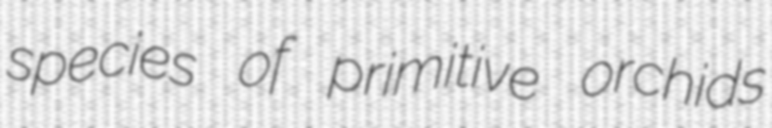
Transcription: species of primitive orchids